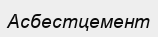
Асбестцемент